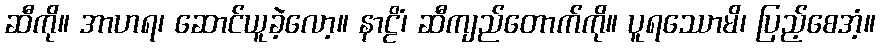
ဆီကို။ အာဟရ၊ ဆောင်ယူခဲ့လော့။ နာဠိံ၊ ဆီကျည်တောက်ကို။ ပူရဿောမိ၊ ပြည့်စေအံ့။